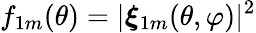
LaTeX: f_{1m}(\theta)=|\boldsymbol{\xi}_{1m}(\theta,\varphi)|^{2}